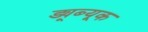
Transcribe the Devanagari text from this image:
ड्यूब्यूक